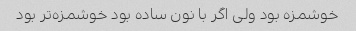
خوشمزه بود ولی اگر با نون ساده بود خوشمزه‌تر بود